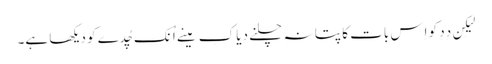
لیکِن دِدِ کو اِس بات کا پتا نہِ چلنے دِیا کِ مینے اُنکِ چُدے کو دیکھا ہے۔